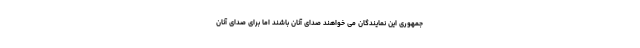
جمهوری این نمایندگان می خواهند صدای آنان باشند اما برای صدای آنان